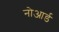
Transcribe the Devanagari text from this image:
नोआर्ड